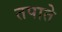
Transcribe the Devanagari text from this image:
तपाते